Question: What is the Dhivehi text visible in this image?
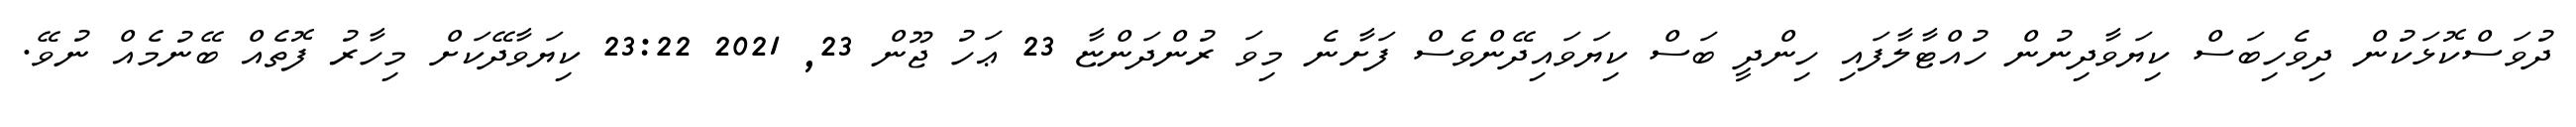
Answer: ދުވަސްކޮޅަކުން ދިވެހިބަސް ކިޔަވާދިނުން ހުއްޓާލާފައި ހިންދީ ބަސް ކިޔަވައިދޭންވެސް ފަށާނެ މިވަ ރުންދަންޏާ 23 ޢަހު ޖޫން 23, 2021 23:22 ކިޔަވާދޭކަށް މިހާރު ފޮތެއް ބޭނުމެއް ނުވޭ.